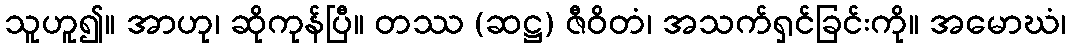
သူဟူ၍။ အာဟု၊ ဆိုကုန်ပြီ။ တဿ (ဆဋ္ဌ) ဇီဝိတံ၊ အသက်ရှင်ခြင်းကို။ အမောဃံ၊